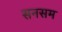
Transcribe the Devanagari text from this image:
सनसम